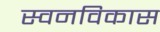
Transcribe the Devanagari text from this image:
स्वनविकास